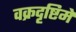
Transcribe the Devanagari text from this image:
वक्रदृष्टिमे